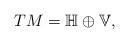
LaTeX: \begin{gather*}TM=\mathbb{H}\oplus\mathbb{V},\end{gather*}